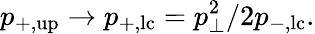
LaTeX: p_{+,\mathrm{up}}\rightarrow p_{+,\mathrm{lc}}=p_{\bot}^{2}/2p_{-,\mathrm{lc}}.